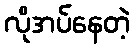
လိုအပ်နေတဲ့